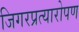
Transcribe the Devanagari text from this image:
जिगरप्रत्यारोपण